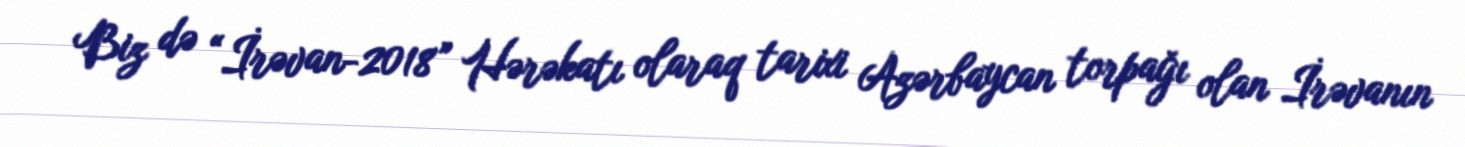
Biz də “İrəvan-2018” Hərəkatı olaraq tarixi Azərbaycan torpağı olan İrəvanın